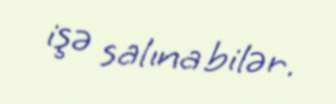
işə salına bilər.